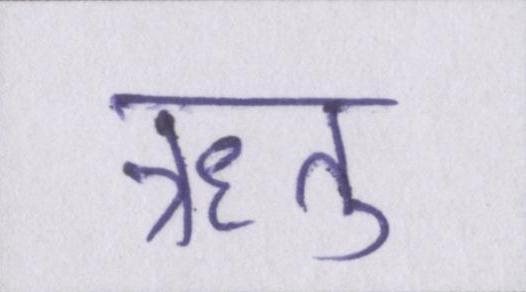
ऋतु